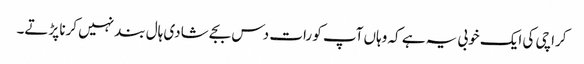
کراچی کی ایک خوبی یہ ہے کہ وہاں آپ کو رات دس بجے شادی ہال بند نہیں کرنا پڑتے۔